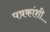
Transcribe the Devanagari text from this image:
पत्रकांशी